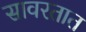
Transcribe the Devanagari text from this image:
सावरतात